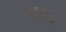
ગાઇ